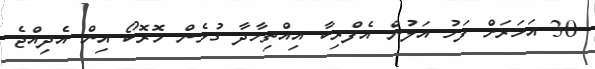
30 އަހަރަށް ފަހު އަލުން އެފްރިކާ އިއްތިހާދާ ގުޅެން މޮރޮކޯ އިން އެދިއްޖެ